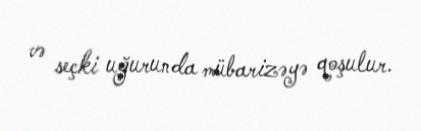
və seçki uğurunda mübarizəyə qoşulur.